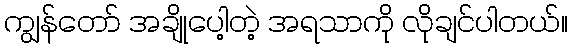
ကျွန်တော် အချိုပေါ့တဲ့ အရသာကို လိုချင်ပါတယ်။